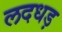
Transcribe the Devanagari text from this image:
लदधड़